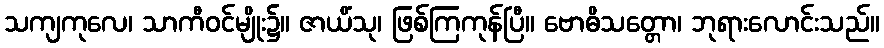
သကျကုလေ၊ သာကီဝင်မျိုး၌။ ဇာယိံသု၊ ဖြစ်ကြကုန်ပြီ။ ဗောဓိသတ္တော၊ ဘုရားလောင်းသည်။